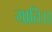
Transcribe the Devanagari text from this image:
याति।।